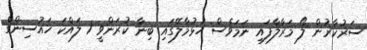
ސަރުކާރުން ލޯ މަރާލާފައި ނަމަވެސް ހުޅުމާލޭގައި ބިނާ ކުރަންވީ 1 ލައްކަ ހައުސިންގް